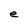
Character: e